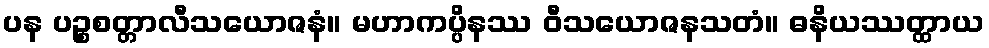
ပန ပဉ္စစတ္တာလီသယောဇနံ။ မဟာကပ္ပိနဿ ဝီသယောဇနသတံ။ ဓနိယဿတ္ထာယ